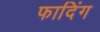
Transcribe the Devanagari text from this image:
फादिंग